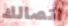
اتصالك